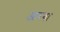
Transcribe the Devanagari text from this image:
आरया